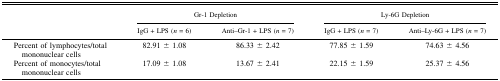
| <ROWSPAN=2>  | <COLSPAN=2> Gr-1 Depletion | <COLSPAN=2> Ly-6G Depletion |
 | IgG + LPS (n = 6) | Anti–Gr-1 + LPS (n = 7) | IgG + LPS (n = 7) | Anti–Ly-6G + LPS (n = 7) |
 | --- | --- | --- | --- | --- |
 | Percent of lymphocytes/total mononuclear cells | 82.91 ± 1.08 | 86.33 ± 2.42 | 77.85 ± 1.59 | 74.63 ± 4.56 |
 | Percent of monocytes/total mononuclear cells | 17.09 ± 1.08 | 13.67 ± 2.41 | 22.15 ± 1.59 | 25.37 ± 4.56 |